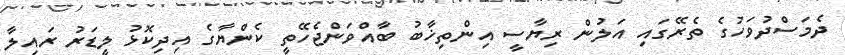
ދެމަސްދުވަހުގެ ތެރޭގައި އަލުން ރިޔާސީ އިންތިޚާބު ބާއްވަންޖެހޭތީ ކެންޔާގެ އިދިކޮޅު ލީޑަރު ރައިލާ